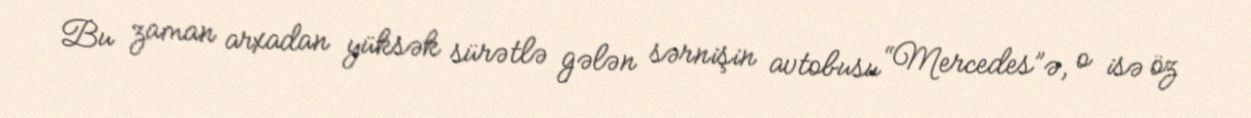
Bu zaman arxadan yüksək sürətlə gələn sərnişin avtobusu “Mercedes”ə, o isə öz